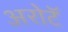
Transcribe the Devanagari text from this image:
अरोटॅ